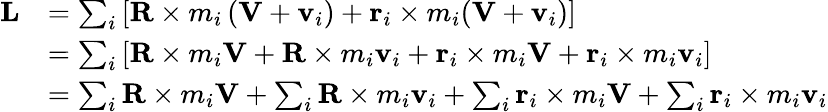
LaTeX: {\begin{array}{rl}{\mathbf{L}}&{=\sum_{i}\left[\mathbf{R}\times m_{i}\left(\mathbf{V}+\mathbf{v}_{i}\right)+\mathbf{r}_{i}\times m_{i}(\mathbf{V}+\mathbf{v}_{i})\right]}\\ &{=\sum_{i}\left[\mathbf{R}\times m_{i}\mathbf{V}+\mathbf{R}\times m_{i}\mathbf{v}_{i}+\mathbf{r}_{i}\times m_{i}\mathbf{V}+\mathbf{r}_{i}\times m_{i}\mathbf{v}_{i}\right]}\\ &{=\sum_{i}\mathbf{R}\times m_{i}\mathbf{V}+\sum_{i}\mathbf{R}\times m_{i}\mathbf{v}_{i}+\sum_{i}\mathbf{r}_{i}\times m_{i}\mathbf{V}+\sum_{i}\mathbf{r}_{i}\times m_{i}\mathbf{v}_{i}}\end{array}}